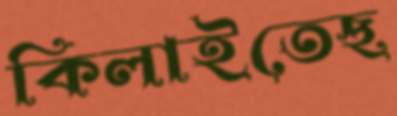
কিলাইতেছ